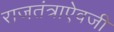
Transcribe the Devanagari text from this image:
राजतंत्राऐवजी